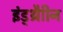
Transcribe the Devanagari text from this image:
इंड्थ्रैाीन